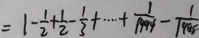
= 1 - \frac { 1 } { 2 } + \frac { 1 } { 2 } - \frac { 1 } { 3 } + \cdots + \frac { 1 } { 1 9 9 4 } - \frac { 1 } { 1 9 9 5 }